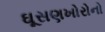
ઘૂસણખોરોનો